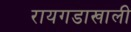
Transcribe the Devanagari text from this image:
रायगडाखाली